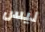
ليس